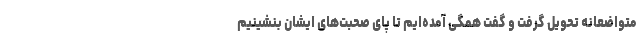
متواضعانه تحویل گرفت و گفت همگی آمده‌ایم تا پای صحبت‌های ایشان بنشینیم